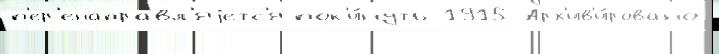
п'ер'енаправл'яjетс'я пок'и́нуть 1915 Арх'ив'и́ровано